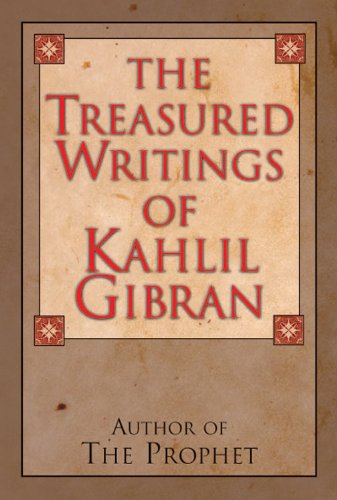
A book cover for The Treasured Writings of Kahlil Gibran: Author of The Prophet; Kahlil Gibran; Literature & Fiction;